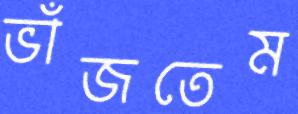
ভাঁজতেম